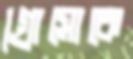
গ্রোসোকে